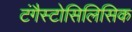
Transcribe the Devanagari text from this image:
टंगैस्टोसिलिसिक